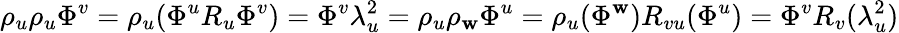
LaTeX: \rho_{u}\rho_{u}\Phi^{v}=\rho_{u}(\Phi^{u}R_{u}\Phi^{v})=\Phi^{v}\lambda_{u}^{2}=\rho_{u}\rho_{\mathbf{w}}\Phi^{u}=\rho_{u}(\Phi^{\mathbf{w}})R_{vu}(\Phi^{u})=\Phi^{v}R_{v}(\lambda_{u}^{2})